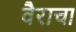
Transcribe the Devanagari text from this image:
वैराचा